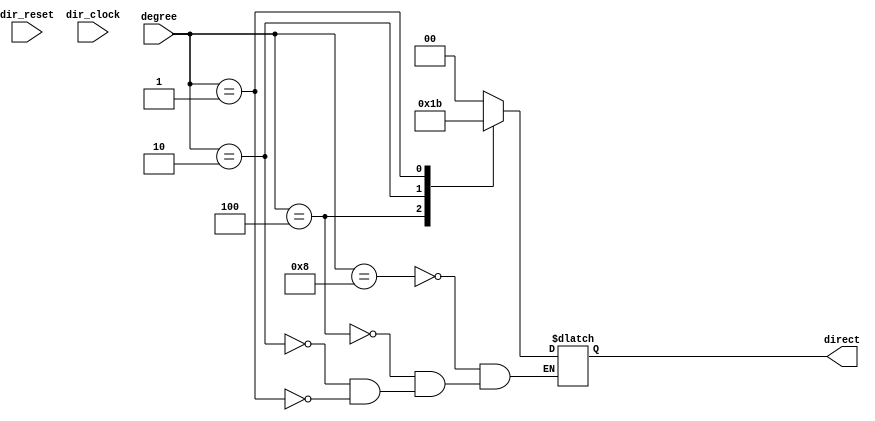
module direction(
	input dir_reset,
	input dir_clock,
	input [3:0] degree,
	output reg [1:0] direct
	);

	always @(*)
	begin
		case (degree [3:0])
			4'b1000: direct = 2'b00;
			4'b0100: direct = 2'b01;
			4'b0010: direct = 2'b10;
			4'b0001: direct = 2'b11;
		endcase
	end
endmodule